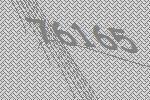
76165